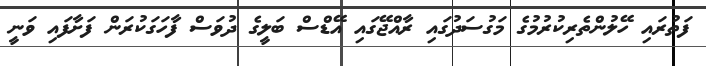
ފަތުރައި ހޭލުންތެރިކުރުމުގެ މަގުސަދުގައި ރާއްޖޭގައި އޭޑްސް ބަލީގެ ދުވަސް ފާހަގަކުރަން ފަށާފައި ވަނީ